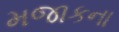
મજાકના